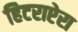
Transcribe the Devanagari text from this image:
हिटराप्टेरा